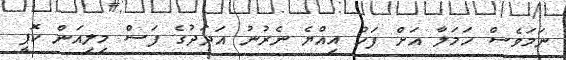
ނަމަވެސް ހަމަލާ އަށް ފަހު އިއްޔެ ނެރުނު އަދަދުގެ ފަސް މިލިއަން ކޮޕީ